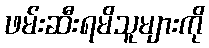
ဖမ်းဆီးရမိသူများကို